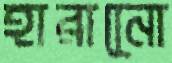
হারানেো